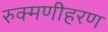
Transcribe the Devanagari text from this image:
रुक्मणीहरण